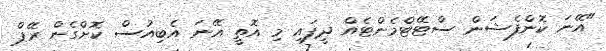
"އޭނަ ކޮންފެޝަން ސްޓޭޓްމެންޓެއް ދީފައި މި އޮތީ އޭނަ އެބިއުސް ކޮށްގެން ރޭޕް